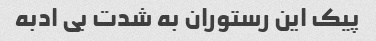
پیک این رستوران به شدت بی ادبه